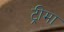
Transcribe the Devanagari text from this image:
ट्रीमा